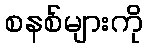
စနစ်များကို